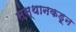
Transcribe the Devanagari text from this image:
संस्थानकडून